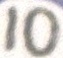
10